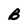
Character: B